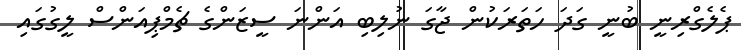
ޕެލެގްރިނީ ބުނީ ގަދަ ހަތަރަކުން ޖާގަ ނުލިބި އަންނަ ސީޒަންގެ ޗެމްޕިއަންސް ލީގުގައި